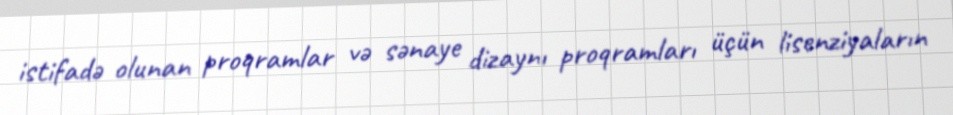
istifadə olunan proqramlar və sənaye dizaynı proqramları üçün lisenziyaların